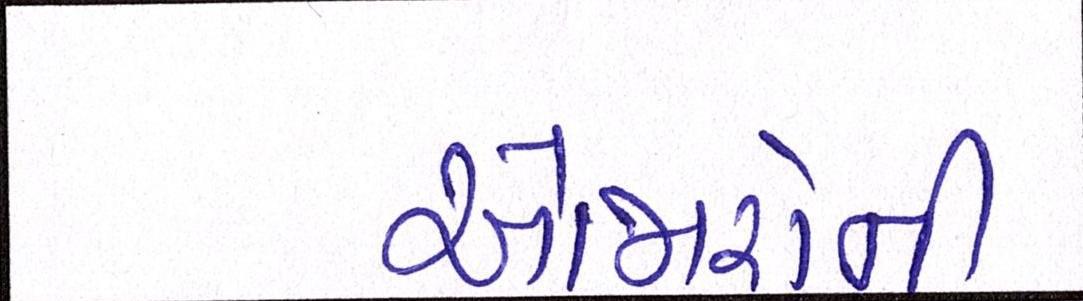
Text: ઓજારોની